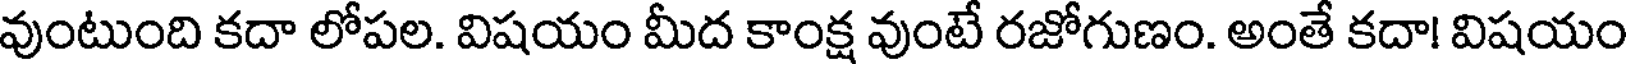
వుంటుంది కదా లోపల. విషయం మీద కాంక్ష వుంటే రజోగుణం. అంతే కదా! విషయం